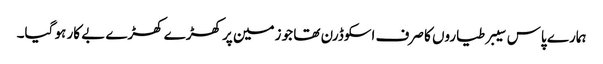
ہمارے پاس سیبر طیاروں کا صرف اسکوڈرن تھا جو زمین پر کھڑے کھڑے بے کار ہو گیا۔